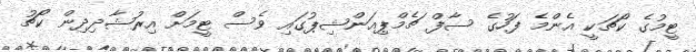
ޓީމުގެ ކޯޗަކީ އެންމެ ފަހުގެ ސާފް ޗެމްޕިއަންޝިޕުގައި ވެސް ޓީމަށް އިރުޝާދިދިން ކޯޗު